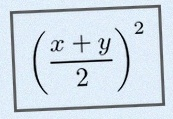
\left(\frac{x+y}{2}\right)^2